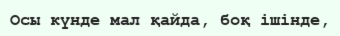
Осы күнде мал қайда, боқ ішінде,